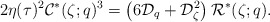
\begin{align*} 2\eta(\tau)^2\mathcal C^*(\zeta;q)^3=\left(6\mathcal D_q+\mathcal D_\zeta^2\right)\mathcal R^*(\zeta;q).\end{align*}